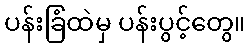
ပန်းခြံထဲမှ ပန်းပွင့်တွေ။